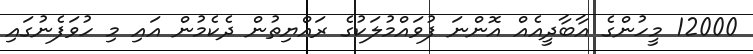
12000 މީހުންގެ އާބާދީއެއް އޮންނަ ފުވައްމުލަކުގެ ރައްޔިތުން ދެކެމުން އައި މި ހުވަފެނުގައި